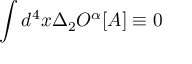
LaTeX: \int d ^ { 4 } x \Delta _ { 2 } O ^ { \alpha } [ A ] \equiv 0